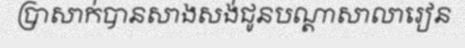
ប្រាសាក់បានសាងសង់ជូនបណ្តាសាលារៀន